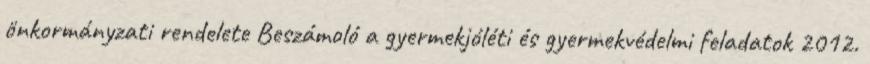
önkormányzati rendelete Beszámoló a gyermekjóléti és gyermekvédelmi feladatok 2012.